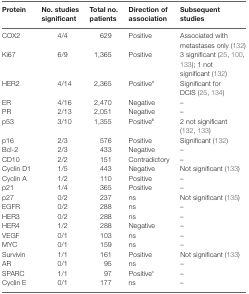
<table><thead><tr><td><b>Protein</b></td><td><b>No. studies significant</b></td><td><b>Total no. patients</b></td><td><b>Direction of association</b></td><td><b>Subsequent studies</b></td></tr></thead><tbody><tr><td>COX2</td><td>4/4</td><td>629</td><td>Positive</td><td>Associated with metastases only (132)</td></tr><tr><td>Ki67</td><td>6/9</td><td>1,365</td><td>Positive</td><td>3 significant (25, 100, 133); 1 not significant (132)</td></tr><tr><td>HER2</td><td>4/14</td><td>2,365</td><td>Positive<sup>a</sup></td><td>Significant for DCIS (25, 134)</td></tr><tr><td>ER</td><td>4/16</td><td>2,470</td><td>Negative</td><td>–</td></tr><tr><td>PR</td><td>2/13</td><td>2,051</td><td>Negative</td><td>–</td></tr><tr><td>p53</td><td>3/10</td><td>1,355</td><td>Positive<sup>b</sup></td><td>2 not significant (132, 133)</td></tr><tr><td>p16</td><td>2/3</td><td>576</td><td>Positive</td><td>Significant (132)</td></tr><tr><td>Bcl-2</td><td>2/3</td><td>433</td><td>Negative</td><td>–</td></tr><tr><td>CD10</td><td>2/2</td><td>151</td><td>Contradictory</td><td>–</td></tr><tr><td>Cyclin D1</td><td>1/5</td><td>443</td><td>Negative</td><td>Not significant (133)</td></tr><tr><td>Cyclin A</td><td>1/2</td><td>110</td><td>Positive</td><td>–</td></tr><tr><td>p21</td><td>1/4</td><td>365</td><td>Positive</td><td>–</td></tr><tr><td>p27</td><td>0/2</td><td>237</td><td>ns</td><td>Not significant (135)</td></tr><tr><td>EGFR</td><td>0/2</td><td>288</td><td>ns</td><td>–</td></tr><tr><td>HER3</td><td>0/2</td><td>288</td><td>ns</td><td>–</td></tr><tr><td>HER4</td><td>1/2</td><td>288</td><td>Negative</td><td>–</td></tr><tr><td>VEGF</td><td>0/1</td><td>103</td><td>ns</td><td>–</td></tr><tr><td>MYC</td><td>0/1</td><td>159</td><td>ns</td><td>–</td></tr><tr><td>Survivin</td><td>1/1</td><td>161</td><td>Positive</td><td>Not significant (133)</td></tr><tr><td>AR</td><td>0/1</td><td>95</td><td>ns</td><td>–</td></tr><tr><td>SPARC</td><td>1/1</td><td>97</td><td>Positive<sup>c</sup></td><td>–</td></tr><tr><td>Cyclin E</td><td>0/1</td><td>177</td><td>ns</td><td>–</td></tr></tbody></table>